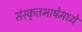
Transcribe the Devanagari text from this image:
संस्कृतभाषेमध्ये